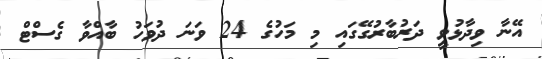
އޭނާ ވިދާޅުވީ ދަރުބާރުގޭގައި މި މަހުގެ 24 ވަނަ ދުވަހު ބާއްވާ ގެސްޓް